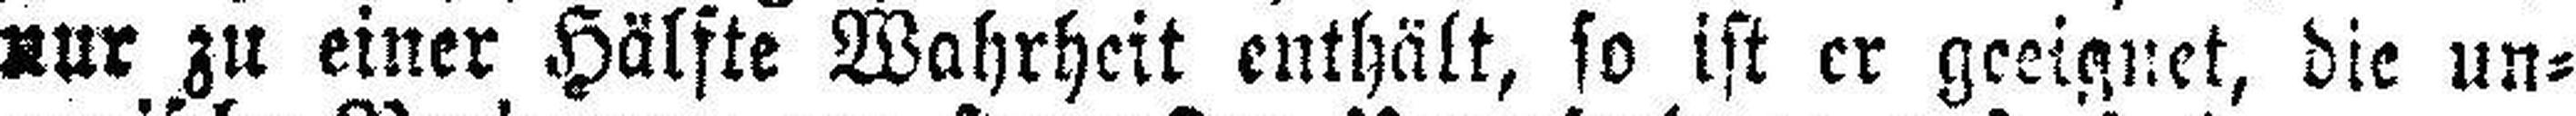
nur zu einer Hälfte Wahrheit enthält, so ist er geeignet, die un¬